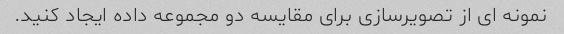
نمونه ای از تصویرسازی برای مقایسه دو مجموعه داده ایجاد کنید.